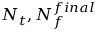
N _ { t } , N _ { f } ^ { f i n a l }